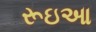
રૂઇઆ